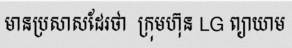
មានប្រសាសដែរថា  ក្រុមហ៊ុន LG ព្យាយាម